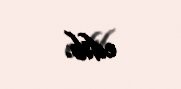
edib.